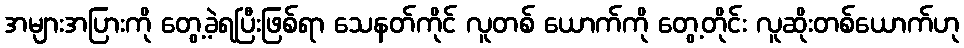
အများအပြားကို တွေ့ခဲ့ရပြီးဖြစ်ရာ သေနတ်ကိုင် လူတစ် ယောက်ကို တွေ့တိုင်း လူဆိုးတစ်ယောက်ဟု